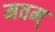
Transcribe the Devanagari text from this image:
मतम्